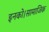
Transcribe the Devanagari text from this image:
इनको।सामाजिक